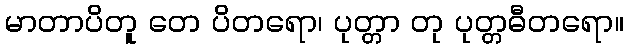
မာတာပိတူ တေ ပိတရော၊ ပုတ္တာ တု ပုတ္တဓီတရော။